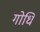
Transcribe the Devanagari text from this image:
गोधि